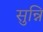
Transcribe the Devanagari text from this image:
सुन्नि